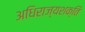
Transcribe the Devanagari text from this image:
अधिराज्यशक्ति